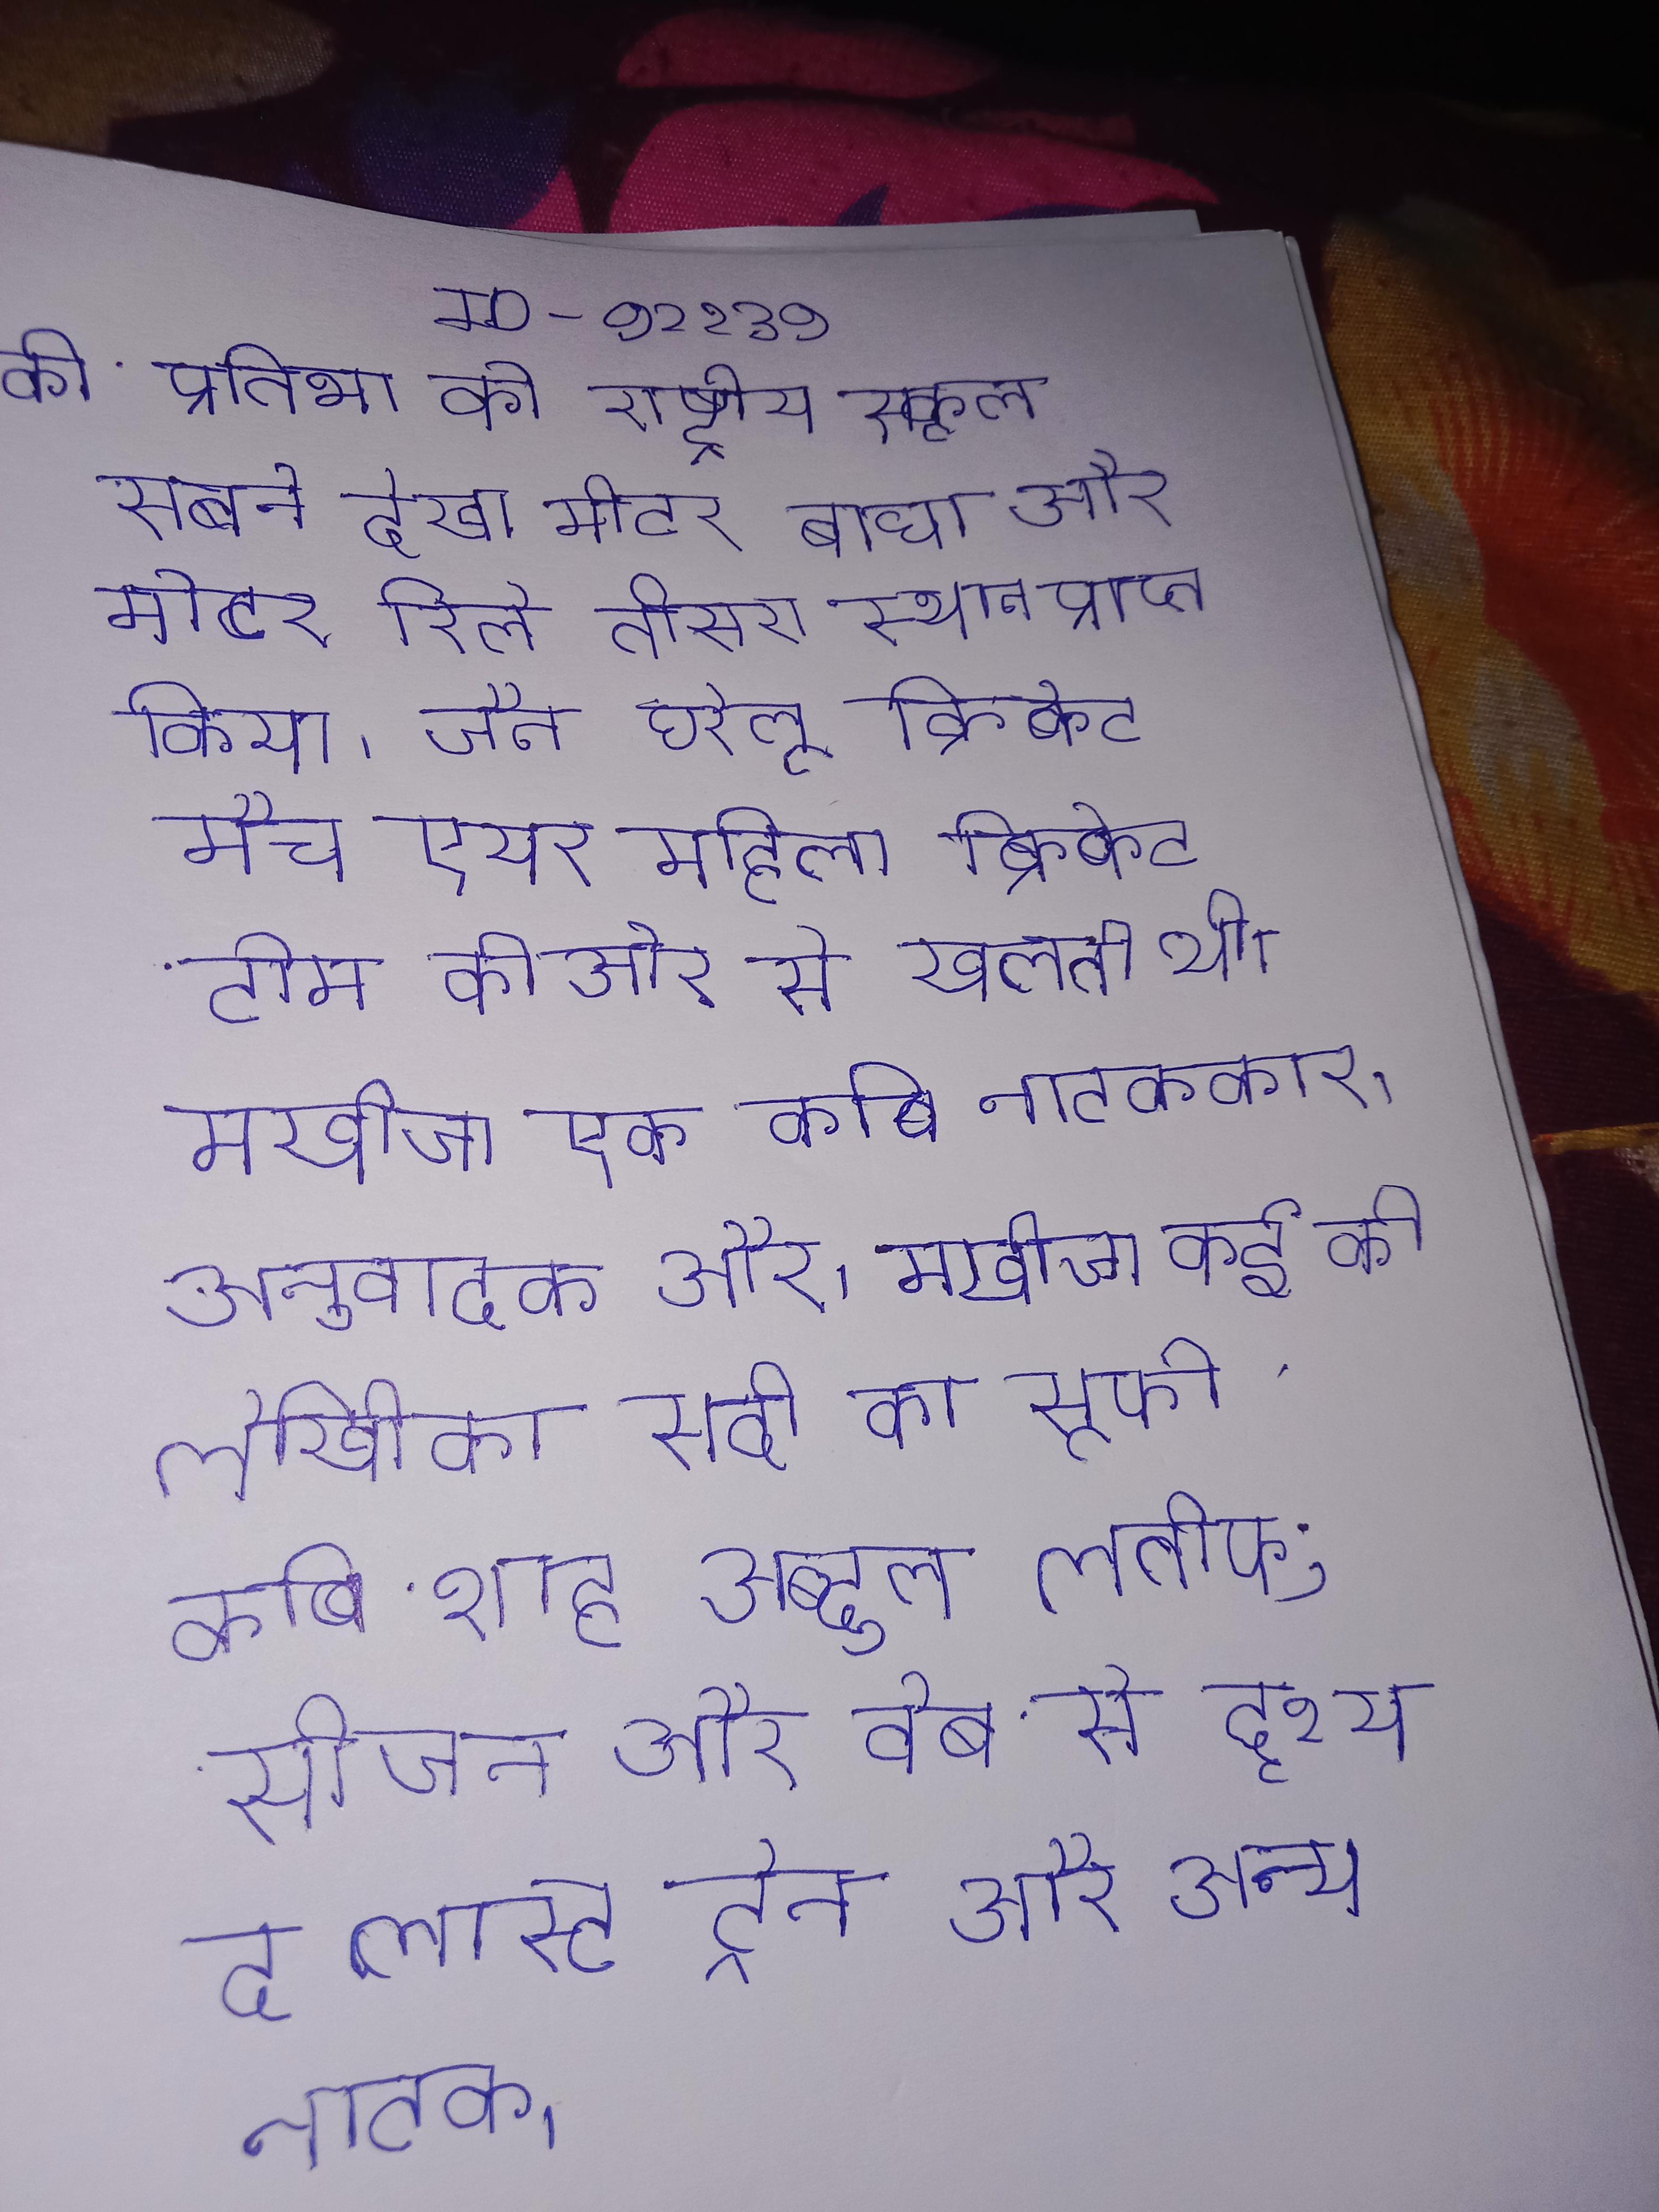
की प्रतिभा को राष्ट्रीय स्कूल सबने देखा मीटर बाधा और मीटर रिले तीसरा स्थान प्राप्त किया । जैन घरेलू क्रिकेट मैच एयर महिला क्रिकेट टीम की ओर से खेलती थी । मखीजा एक कवि, नाटककार, अनुवादक और । मखीजा कई की लेखिका सदी का सूफी कवि, शाह अब्दुल लतीफ; सीजन और वेब से दृश्य द लास्ट ट्रेन और अन्य नाटक ।